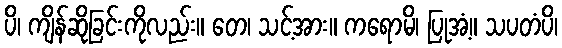
ပိ၊ ကျိန်ဆိုခြင်းကိုလည်း။ တေ၊ သင့်အား။ ကရောမိ၊ ပြုအံ့။ သပတံပိ၊